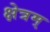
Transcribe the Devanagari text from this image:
क्षेत्रम्